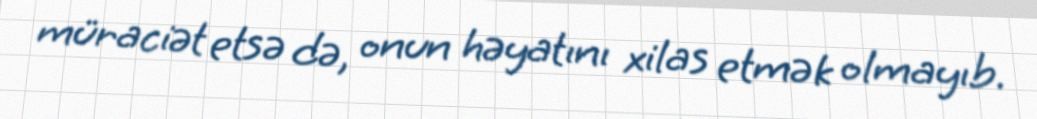
müraciət etsə də, onun həyatını xilas etmək olmayıb.